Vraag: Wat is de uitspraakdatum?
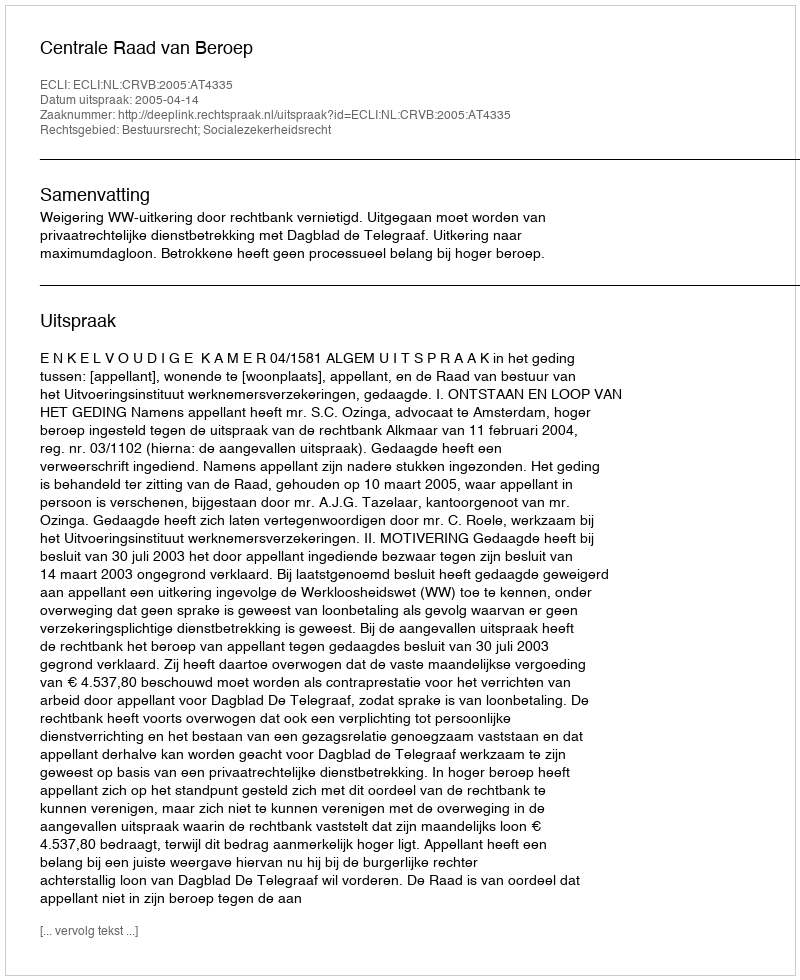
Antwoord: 2005-04-14